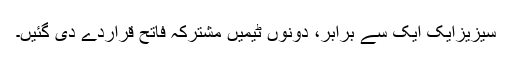
سیزیزایک ایک سے برابر، دونوں ٹیمیں مشترکہ فاتح قراردے دی گئیں۔